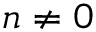
n \neq 0